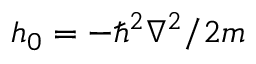
h _ { 0 } = - \hbar ^ { 2 } \nabla ^ { 2 } / 2 m